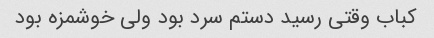
کباب وقتی رسید دستم سرد بود ولی خوشمزه بود